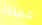
عماذا